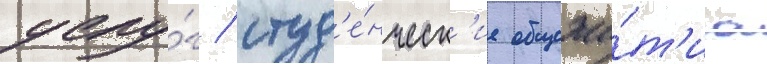
услу́г / студ'е́нческ'ие общежи́т'иа